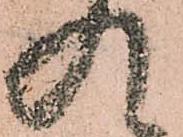
入